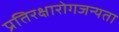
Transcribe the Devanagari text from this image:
प्रतिरक्षारोगजन्यता